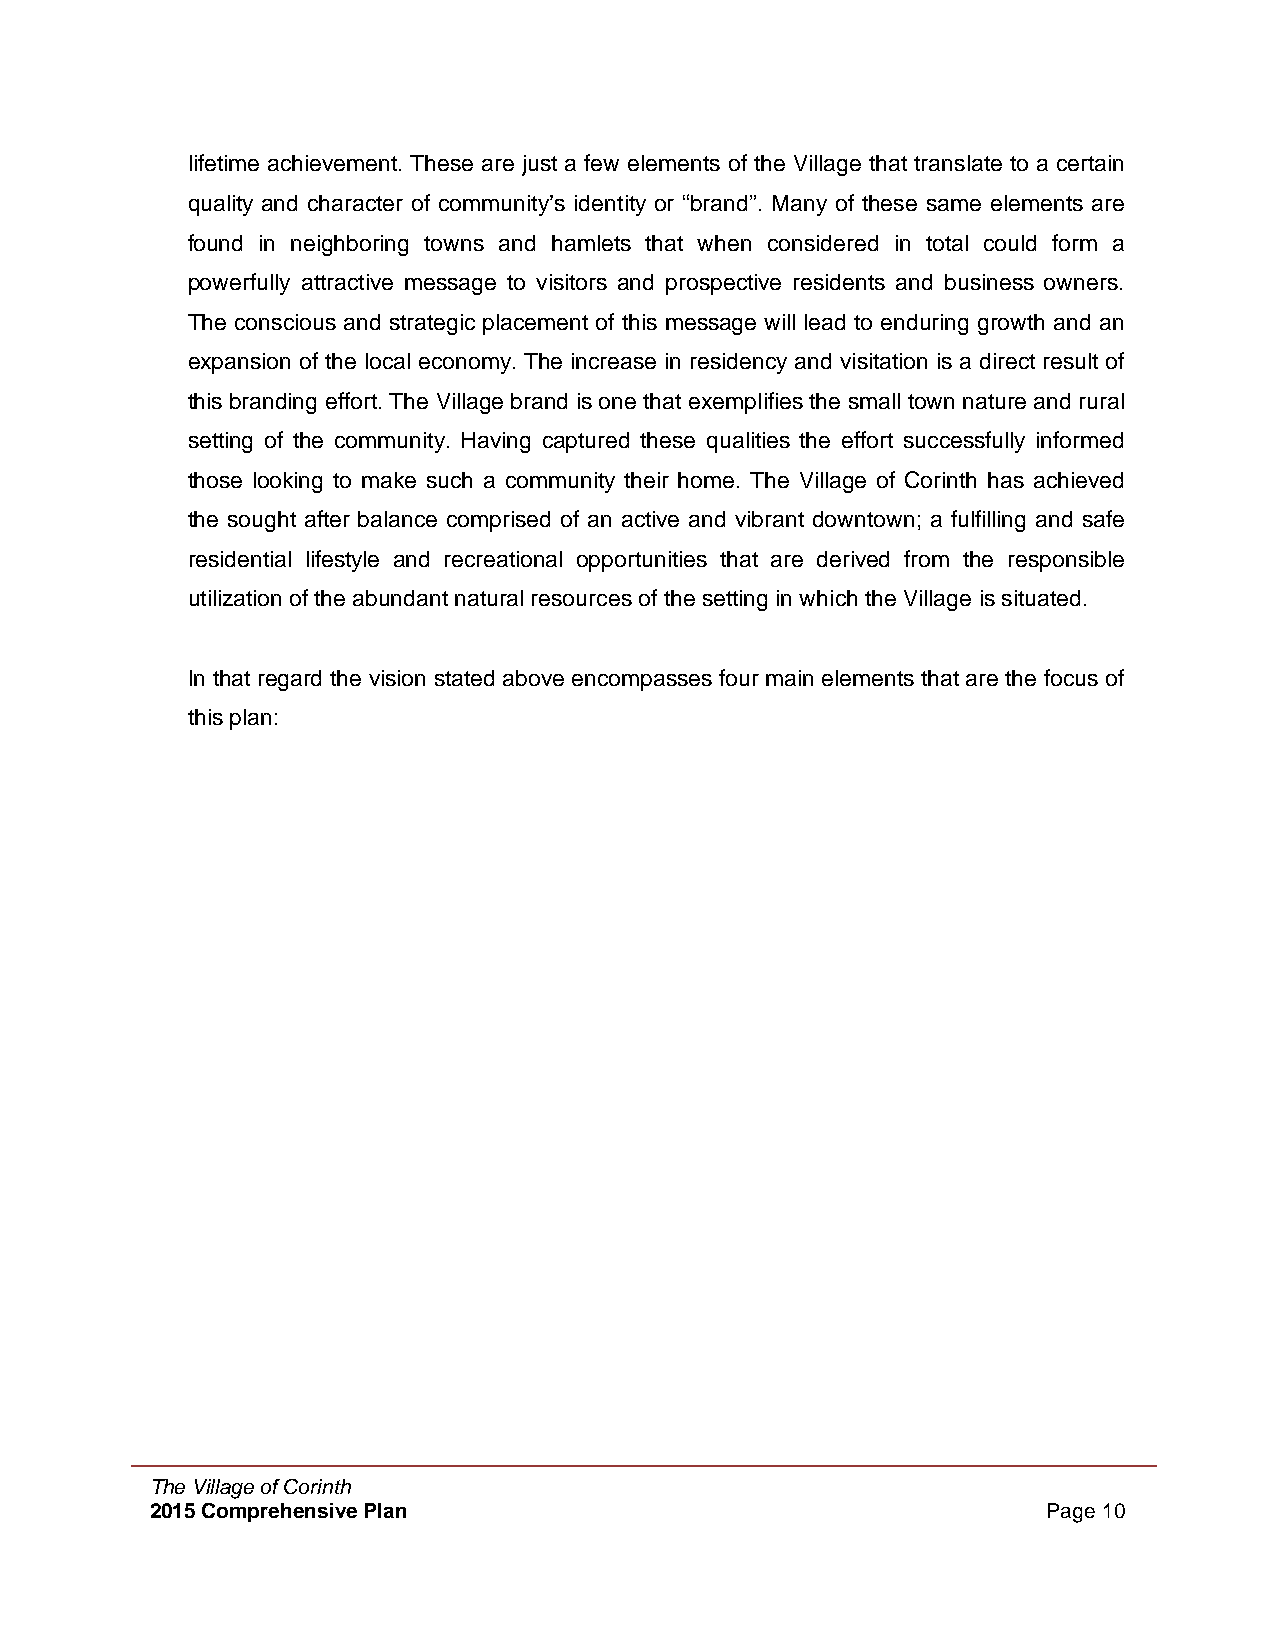
lifetime achievement. These are just a few elements of the Village that translate to a certain
 quality and character of community’s identity or “brand”. Many of these same elements are
 found in neighboring towns and hamlets that when considered in total could form a
 powerfully attractive message to visitors and prospective residents and business owners.
 The conscious and strategic placement of this message will lead to enduring growth and an
 expansion of the local economy. The increase in residency and visitation is a direct result of
 this branding effort. The Village brand is one that exemplifies the small town nature and rural
 setting of the community. Having captured these qualities the effort successfully informed
 those looking to make such a community their home. The Village of Corinth has achieved
 the sought after balance comprised of an active and vibrant downtown; a fulfilling and safe
 residential lifestyle and recreational opportunities that are derived from the responsible
 utilization of the abundant natural resources of the setting in which the Village is situated.
 In that regard the vision stated above encompasses four main elements that are the focus of
 this plan:
 The Village of Corinth
 2015 Comprehensive Plan                                    Page 10